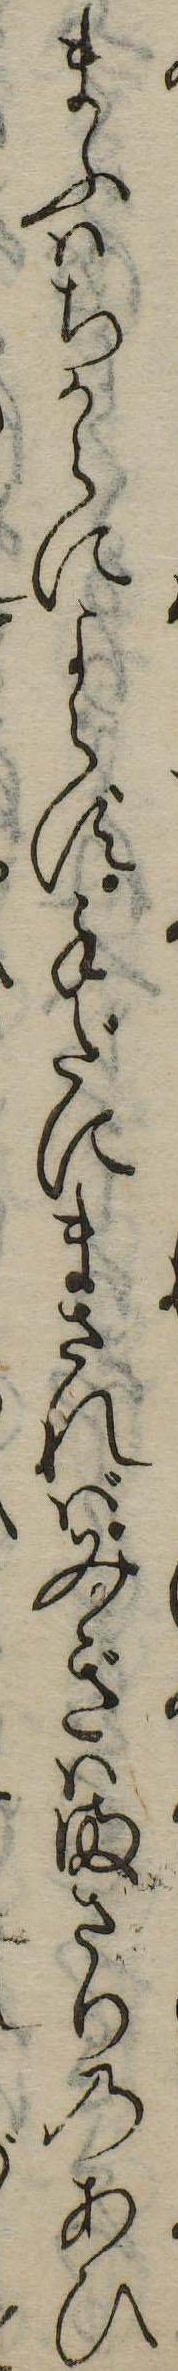
まふはちからによらず手だにまさればみぎはまさりのあひ